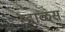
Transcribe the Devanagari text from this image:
म्हाळस